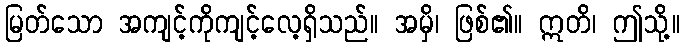
မြတ်သော အကျင့်ကိုကျင့်လေ့ရှိသည်။ အမှိ၊ ဖြစ်၏။ ဣတိ၊ ဤသို့။